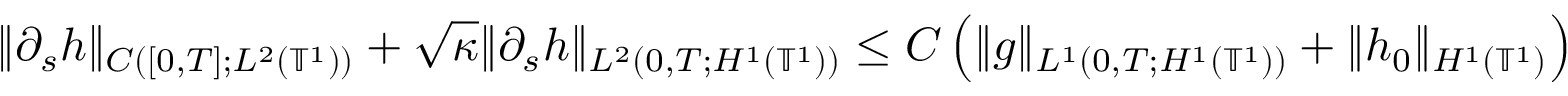
\| \partial _ { s } h \| _ { C ( [ 0 , T ] ; L ^ { 2 } ( \ensuremath { \mathbb { T } } ^ { 1 } ) ) } + \sqrt { \kappa } \| \partial _ { s } h \| _ { L ^ { 2 } ( 0 , T ; H ^ { 1 } ( \ensuremath { \mathbb { T } } ^ { 1 } ) ) } \leq C \left( \| g \| _ { L ^ { 1 } ( 0 , T ; H ^ { 1 } ( \ensuremath { \mathbb { T } } ^ { 1 } ) ) } + \| h _ { 0 } \| _ { H ^ { 1 } ( \ensuremath { \mathbb { T } } ^ { 1 } ) } \right)